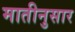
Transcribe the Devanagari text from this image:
मातीनुसार